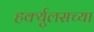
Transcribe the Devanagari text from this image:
हर्क्युलसच्या